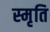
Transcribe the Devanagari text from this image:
स्‍मृति